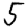
Digit: 5